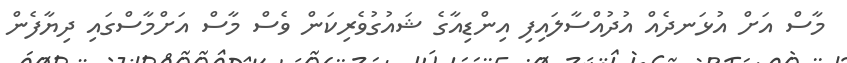
މާސް އަށް އުޅަނދެއް އުދުއްސާލައިފި އިންޑިއާގެ ޝައުގުވެރިކަން ވެސް މާސް އަށްމާސްގައި ދިޔާފެން